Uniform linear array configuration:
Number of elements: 32
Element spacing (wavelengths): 0.75
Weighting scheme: hamming
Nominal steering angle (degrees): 30
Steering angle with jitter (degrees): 28.381
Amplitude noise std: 0.05
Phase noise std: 0.05

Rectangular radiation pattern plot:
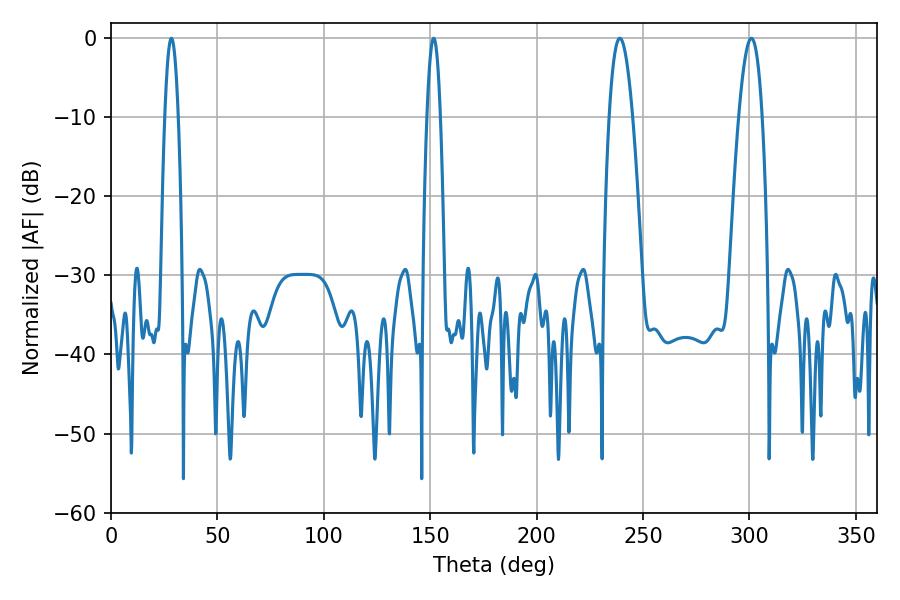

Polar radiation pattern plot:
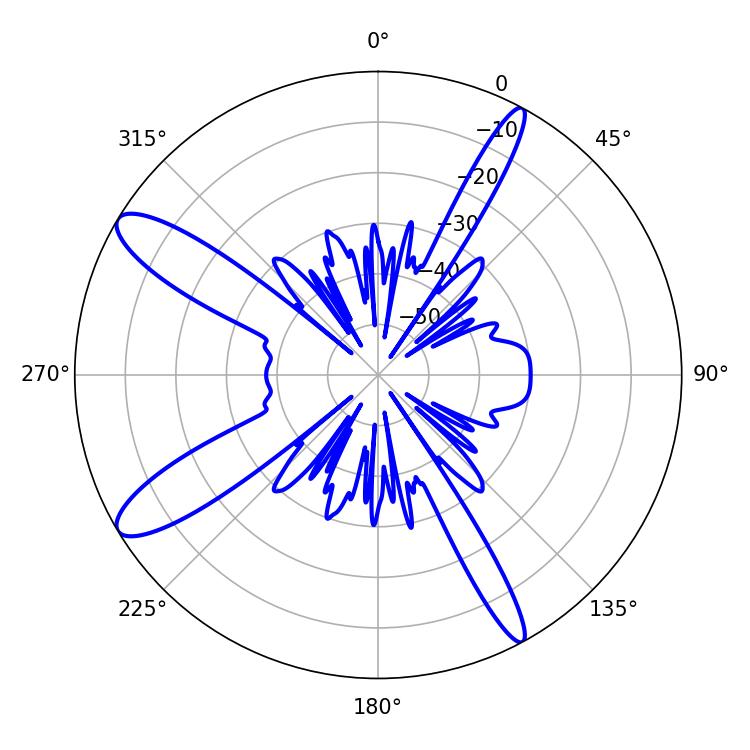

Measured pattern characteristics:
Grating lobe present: TRUE
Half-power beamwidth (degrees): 6.12
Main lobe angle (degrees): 239.04